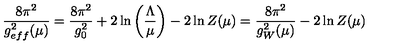
\frac { 8 \pi ^ { 2 } } { g _ { e f f } ^ { 2 } ( \mu ) } = \frac { 8 \pi ^ { 2 } } { g _ { 0 } ^ { 2 } } + 2 \ln \left( \frac { \Lambda } { \mu } \right) - 2 \ln Z ( \mu ) = \frac { 8 \pi ^ { 2 } } { g _ { W } ^ { 2 } ( \mu ) } - 2 \ln Z ( \mu )